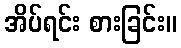
အိပ်ရင်း စားခြင်း။